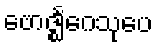
ဗောဇ္ဈင်္ဂေသုပေ